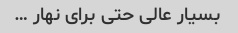
بسیار عالی حتی برای نهار …